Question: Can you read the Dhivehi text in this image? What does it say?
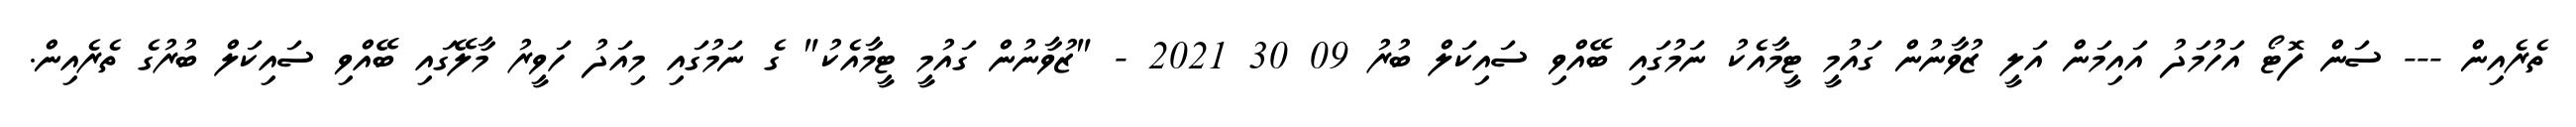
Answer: ތެރެއިން --- ސަން ފޮޓޯ އަހުމަދު އައިމަން އަލީ ޒުވާނުން ގައުމީ ޓީމާއެކު ނަމުގައި ބޭއްވި ސައިކަލް ބުރު 09 30 2021 - "ޒުވާނުން ގައުމީ ޓީމާއެކު" ގެ ނަމުގައި މިއަދު ހަވީރު މާލޭގައި ބޭއްވި ސައިކަލް ބުރުގެ ތެރެއިން.